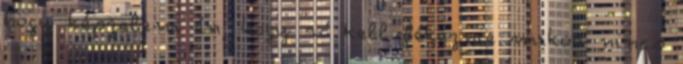
hogy képzelem én, hogy rá kell fékeznie mikor nincs